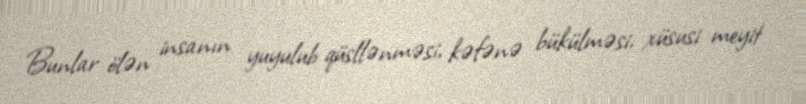
Bunlar ölən insanın yuyulub qüsllənməsi, kəfənə bükülməsi, xüsusi meyit